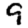
Digit: 9